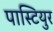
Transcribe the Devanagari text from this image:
पास्टियुर